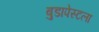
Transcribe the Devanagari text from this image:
बुडापेस्टला